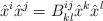
\begin{align*}\hat{x}^{i}\hat{x}^{j}=B^{ij}_{kl}\hat{x}^{k}\hat{x}^{l} \end{align*}